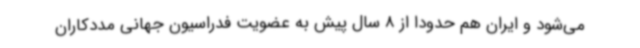
می‌شود و ایران هم حدودا از 8 سال پیش به عضویت فدراسیون جهانی مددکاران